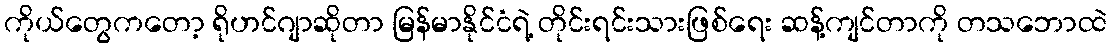
ကိုယ်တွေကတော့ ရိုဟင်ဂျာဆိုတာ မြန်မာနိုင်ငံရဲ့ တိုင်းရင်းသားဖြစ်ရေး ဆန့်ကျင်တာကို တသဘောထဲ